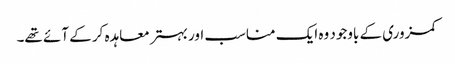
کمزوری کے باوجود وہ ایک مناسب اور بہتر معاہدہ کر کے آئے تھے۔